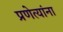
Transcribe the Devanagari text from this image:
प्रणेत्यांना